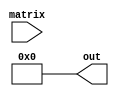
module const_vector_multiply #(
	parameter C = 4,
	parameter [C-1:0] VECTOR = 0,
	parameter R = C
) (
	input [C*R-1:0] matrix,
	output [R-1:0] out
);
	parameter LOG2C = $clog2(C+1);
	function integer degree;
		input dummy;
		integer i;
		integer c;
	begin
		c = 0;
		for (i = 0; i < C; i = i + 1)
			c = c + VECTOR[i];
		degree = c;
	end
	endfunction
	function [LOG2C*C-1:0] idx;
		input [LOG2C-1:0] max;
		integer i;
		integer c;
	begin
		c = 0;
		for (i = 0; i < C; i = i + 1) begin
			idx[LOG2C*i+:LOG2C] = c;
			if (VECTOR[i] && c < max)
				c = c + 1;
		end
	end
	endfunction
	localparam DEGREE = degree(0);
	localparam [LOG2C*C-1:0] IDXS = idx(DEGREE - 1);
	if (DEGREE) begin
		genvar i, j;
		for (i = 0; i < R; i = i + 1) begin : ROWS
			wire [DEGREE-1:0] terms;
			for (j = 0; j < C; j = j + 1) begin : TERMS
				localparam IDX = IDXS[LOG2C*j+:LOG2C];
				if (VECTOR[j])
					assign terms[IDX] = matrix[i*C+j];
			end
			assign out[i] = ^terms;
		end
	end else
		assign out = 0;
endmodule